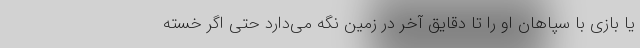
یا بازی با سپاهان او را تا دقایق آخر در زمین نگه می‌دارد حتی اگر خسته